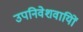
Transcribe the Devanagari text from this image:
उपनिवेशवायिों